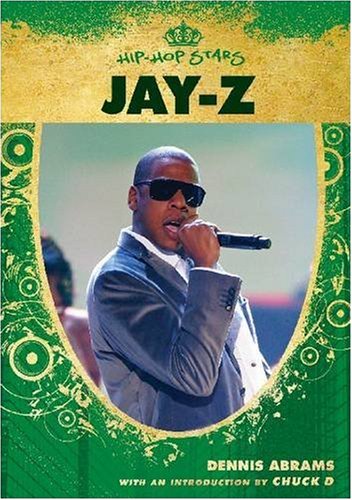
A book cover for Jay-Z (Hip-Hop Stars); Dennis Abrams; Teen & Young Adult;